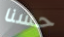
حسنا